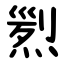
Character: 煭